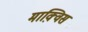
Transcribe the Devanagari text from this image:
माक़्विस